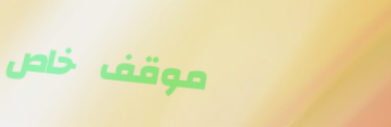
موقف خاص